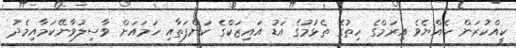
ކީއްކުރަން ހެއްޔެވެ އިރަމްގެ ހިތުގެ ތެޅުމުގެ އަޑު އައިޒަކްގެ ކަންފަތާއި ހަމައަށް ވާސިލުވާނޭކަމާއިމެދު